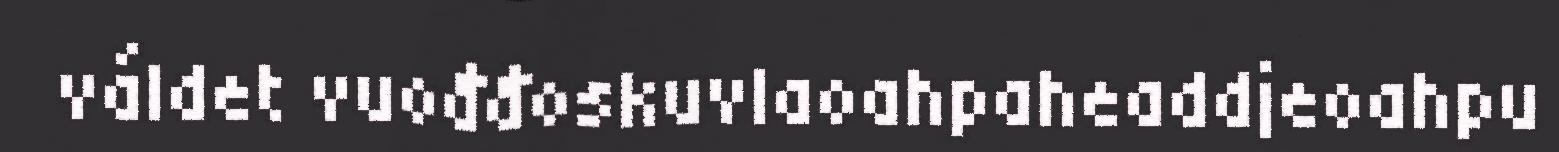
váldet vuođđoskuvlaoahpaheaddjeoahpu